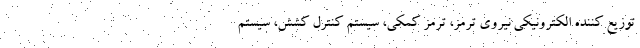
توزیع کننده الکترونیکی نیروی ترمز، ترمز کمکی، سیستم کنترل کشش، سیستم